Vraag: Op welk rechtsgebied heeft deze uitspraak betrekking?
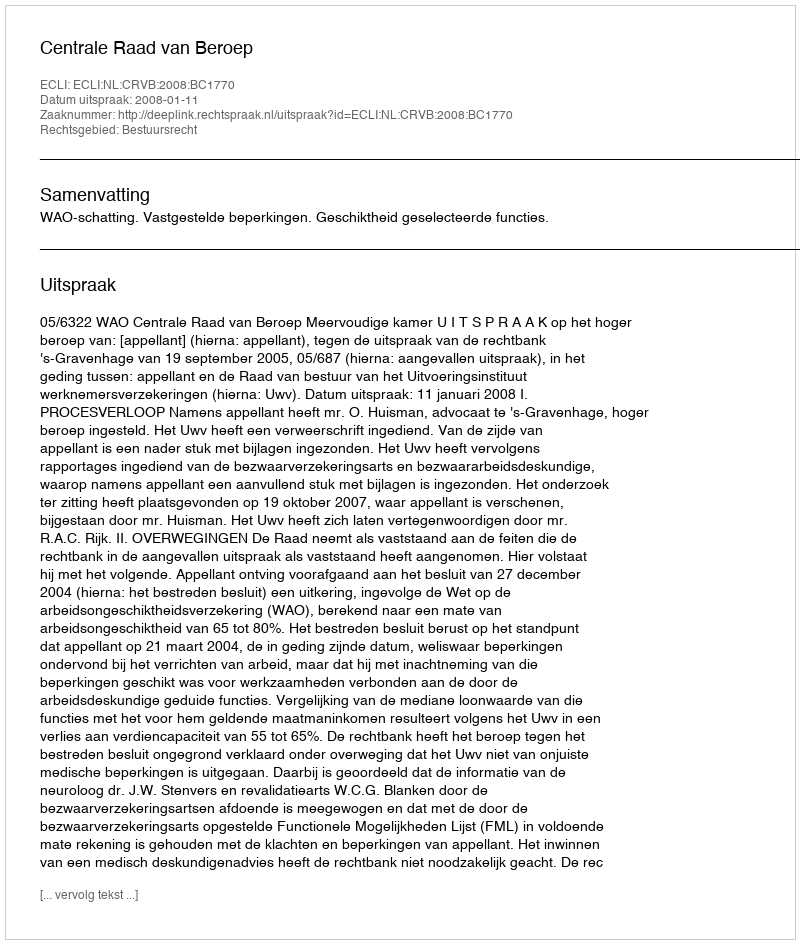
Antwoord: Bestuursrecht